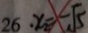
2 6 \cdot x _ { 2 } = - \sqrt { 5 }